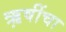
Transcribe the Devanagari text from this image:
ऋ़षींचा